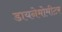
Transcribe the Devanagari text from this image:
डायनेमोमीटर